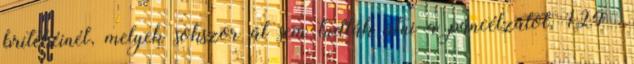
britekéinél, melyek sokszor át sem tudták ütni a páncélzatot. 124